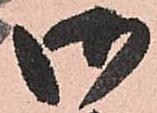
御